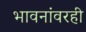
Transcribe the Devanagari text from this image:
भावनांवरही